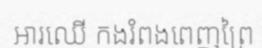
អារឈើ កងរំពងពេញព្រៃ